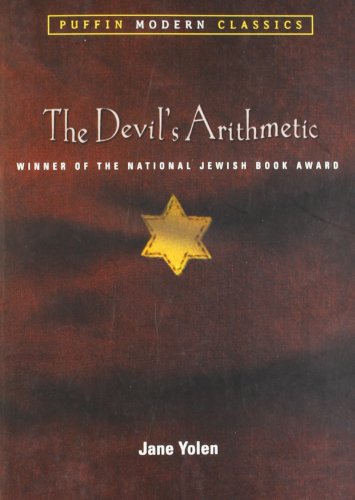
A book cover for The Devil's Arithmetic (Puffin Modern Classics); Jane Yolen; Children's Books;